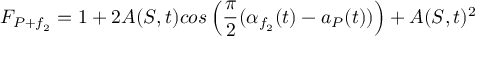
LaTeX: F _ { P + f _ { 2 } } = 1 + 2 A ( S , t ) c o s \left( \frac { \pi } { 2 } ( \alpha _ { f _ { 2 } } ( t ) - a _ { P } ( t ) ) \right) + A ( S , t ) ^ { 2 }